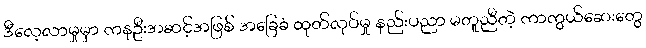
ဒီလေ့လာမှုမှာ ကနဦးအဆင့်အဖြစ် အခြေခံ ထုတ်လုပ်မှု နည်းပညာ မတူညီတဲ့ ကာကွယ်ဆေးတွေ